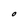
Character: O